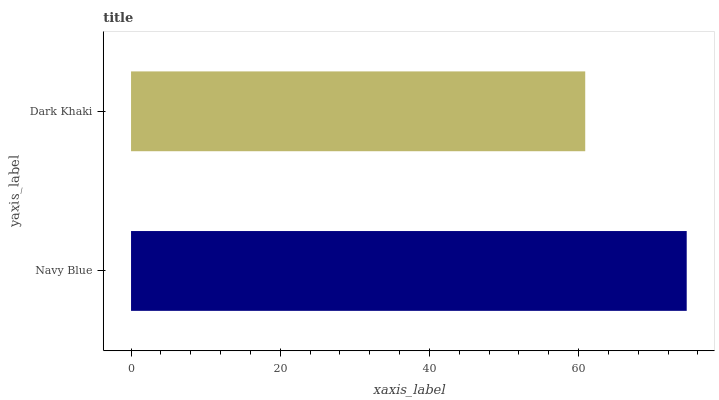
| yaxis_label | bars |
 | --- | --- |
 | Navy Blue | 74.5 |
 | Dark Khaki | 60.9 |